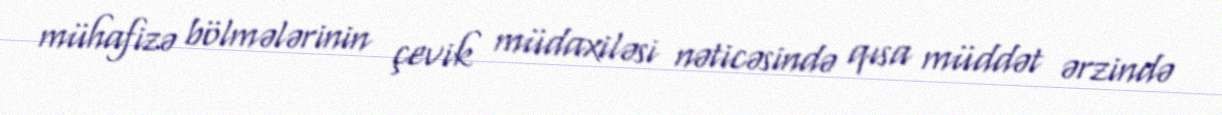
mühafizə bölmələrinin çevik müdaxiləsi nəticəsində qısa müddət ərzində